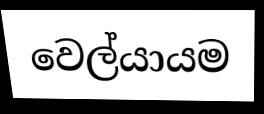
වෙල්යායම